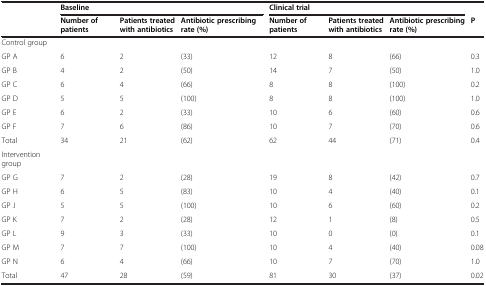
<table><thead><tr><td><b> </b></td><td colspan="3"><b>Baseline</b></td><td colspan="3"><b>Clinical trial</b></td><td><b> </b></td></tr><tr><td><b> </b></td><td><b>Number of patients</b></td><td><b>Patients treated with antibiotics</b></td><td><b>Antibiotic prescribing rate (%)</b></td><td><b>Number of patients</b></td><td><b>Patients treated with antibiotics</b></td><td><b>Antibiotic prescribing rate (%)</b></td><td><b>P</b></td></tr></thead><tbody><tr><td>Control group</td><td> </td><td> </td><td> </td><td> </td><td> </td><td> </td><td> </td></tr><tr><td>GP A</td><td>6</td><td>2</td><td>(33)</td><td>12</td><td>8</td><td>(66)</td><td>0.3</td></tr><tr><td>GP B</td><td>4</td><td>2</td><td>(50)</td><td>14</td><td>7</td><td>(50)</td><td>1.0</td></tr><tr><td>GP C</td><td>6</td><td>4</td><td>(66)</td><td>8</td><td>8</td><td>(100)</td><td>0.2</td></tr><tr><td>GP D</td><td>5</td><td>5</td><td>(100)</td><td>8</td><td>8</td><td>(100)</td><td>1.0</td></tr><tr><td>GP E</td><td>6</td><td>2</td><td>(33)</td><td>10</td><td>6</td><td>(60)</td><td>0.6</td></tr><tr><td>GP F</td><td>7</td><td>6</td><td>(86)</td><td>10</td><td>7</td><td>(70)</td><td>0.6</td></tr><tr><td>Total</td><td>34</td><td>21</td><td>(62)</td><td>62</td><td>44</td><td>(71)</td><td>0.4</td></tr><tr><td>Intervention group</td><td> </td><td> </td><td> </td><td> </td><td> </td><td> </td><td> </td></tr><tr><td>GP G</td><td>7</td><td>2</td><td>(28)</td><td>19</td><td>8</td><td>(42)</td><td>0.7</td></tr><tr><td>GP H</td><td>6</td><td>5</td><td>(83)</td><td>10</td><td>4</td><td>(40)</td><td>0.1</td></tr><tr><td>GP J</td><td>5</td><td>5</td><td>(100)</td><td>10</td><td>6</td><td>(60)</td><td>0.2</td></tr><tr><td>GP K</td><td>7</td><td>2</td><td>(28)</td><td>12</td><td>1</td><td>(8)</td><td>0.5</td></tr><tr><td>GP L</td><td>9</td><td>3</td><td>(33)</td><td>10</td><td>0</td><td>(0)</td><td>0.1</td></tr><tr><td>GP M</td><td>7</td><td>7</td><td>(100)</td><td>10</td><td>4</td><td>(40)</td><td>0.08</td></tr><tr><td>GP N</td><td>6</td><td>4</td><td>(66)</td><td>10</td><td>7</td><td>(70)</td><td>1.0</td></tr><tr><td>Total</td><td>47</td><td>28</td><td>(59)</td><td>81</td><td>30</td><td>(37)</td><td>0.02</td></tr></tbody></table>